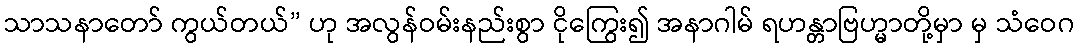
သာသနာတော် ကွယ်တယ်” ဟု အလွန်ဝမ်းနည်းစွာ ငိုကြွေး၍ အနာဂါမ် ရဟန္တာဗြဟ္မာတို့မှာ မှ သံဝေဂ